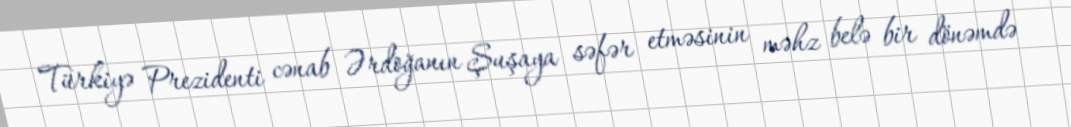
Türkiyə Prezidenti cənab Ərdoğanın Şuşaya səfər etməsinin məhz belə bir dönəmdə